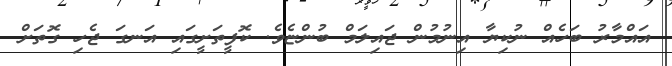
އައްމާރު ބަހެއް ނުކިޔާ އިނުމުން ޖައިލަމް ބުންޏެވެ. ކޮފީތަށީގައި އަނގަ ޖެހި ގޮތަށް